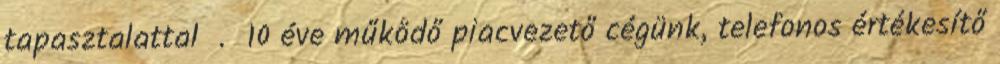
tapasztalattal . 10 éve működő piacvezető cégünk, telefonos értékesítő